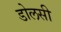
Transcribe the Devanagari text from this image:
डोलसी